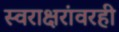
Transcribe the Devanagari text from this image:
स्वराक्षरांवरही